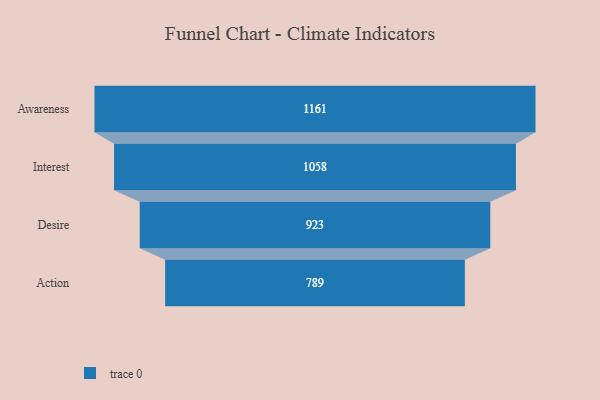
{"axis": {"x": "Stage", "y": "Value"}, "legend": [""], "data": [{"x": "Awareness", "y": 1161.0, "type": ""}, {"x": "Interest", "y": 1058.0, "type": ""}, {"x": "Desire", "y": 923.0, "type": ""}, {"x": "Action", "y": 789.0, "type": ""}]}